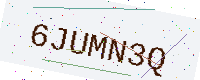
Text: 6JUMN3Q